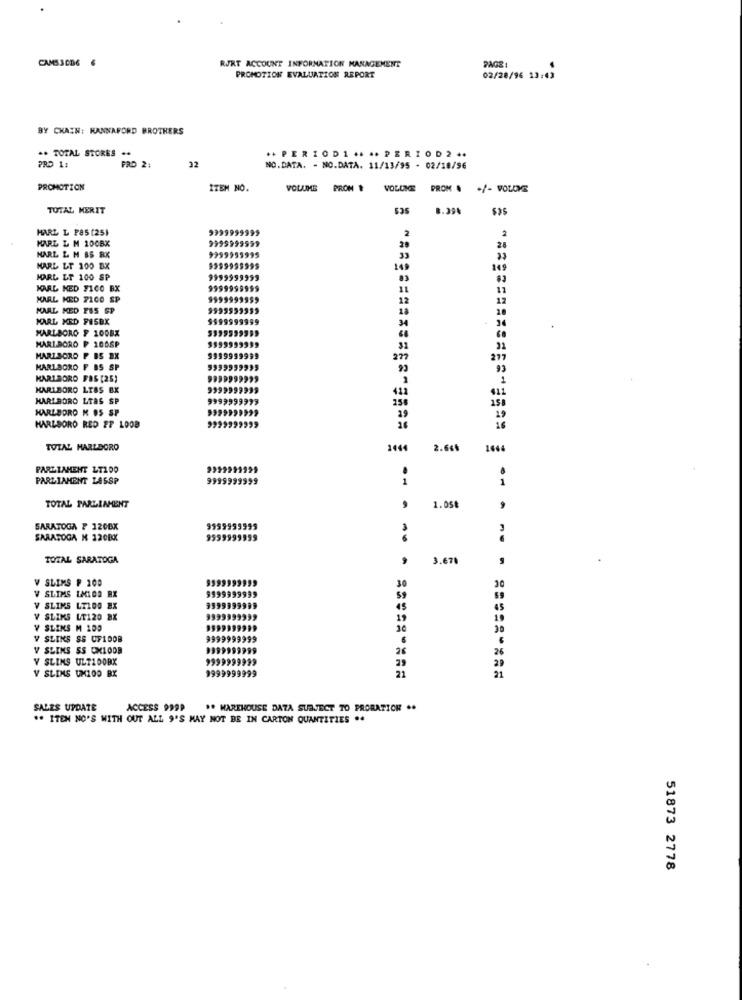
CAMS SOD6 €
RJRT ACCOUNT INFORMATION MANAGEMENT
PAGE :
PROMOTION EVALUATION REPORT
02/28/96 13:43
BY CHAIN: HANNAFORD BROTHERS
.. TOTAL STORES ..
++PERIODI+ ... PERIOD2 ..
PRD 1:
FRD 2:
32
NO.DATA. - NO.DATA. 11/13/95 - 02/10/96
PROMOTION
ITEM NO.
VOLUME PROM #
VOLUME
PROM . +/- VOLDME
TOTAL MERIT
8.39%
HARL L F85 (25)
9999999999
2
KARL & M 100BX
99999999
24
19999999
20
HARL & M. 85 RX
33
MARL LT 100 BX
149
JARL LT 100 SP
9999999999
KARL KED 7100 BX
11
11
KARL KED 7100 SP
12
12
MARL MED PAS SP
28
MARL MED FISBX
199999
: 34
MARLBORO F 1008X
HARIBORO F 100SP
31
32
MARLBORO P BS EX
5999999999
277
277
MARLBORO F BS SP
93
93
MARLBORO FAS [25)
MARLBORO LTAS BX
9999999999
411
MARLBORO LTAS SP
9999999993
158
MARLBORO M OS SP
9999999999
158
19
19
MARLBORO RED FP LOOD
16
TOTAL MARLBORO
144
2.665
PARLIAMENT LT100
PARLIAMENT LASSP
9999999999
1
TOTAL PARLIAMENT
1.05₺
9
SARATOGA ? 1206X
9999999999
SARATOGA N 120BX
9599999959
TOTAL SARATOGA
3.678
V SLIMS P 100
8599999999
30
9999999999
V SLIMS LMLOS RX
V SLIMS LT100 BX
45
Y SLIMS LT120 BX
19
V SLIMS M 105
9999999999
30
V SLIKS SS UF1DOB
9999999999
V SLINS SS OMLOOB
199999999
26
Y SLINS ULT100BX
9999999
V SLIMS UM100 BX
9999999999
21
SALES UPDATE
ACCESS 9999
** WAREHOUSE DATA SUBJECT TO PRORATION ..
** ITEN NO'S WITH OUT ALL 9'S MAY NOT BE IN CARTON QUANTITIES ..
51873 2778